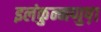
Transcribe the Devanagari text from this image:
इलंकुन्नप्पुष़ा